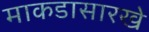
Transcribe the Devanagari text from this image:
माकडासारखे